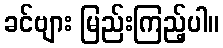
ခင်ဗျား မြည်းကြည့်ပါ။